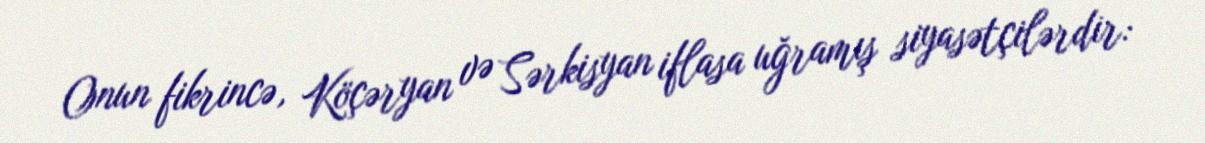
Onun fikrincə, Köçəryan və Sərkisyan iflasa uğramış siyasətçilərdir: